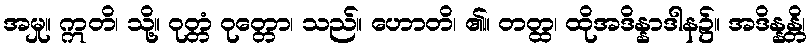
အမှု။ ဣတိ၊ သို့။ ဝုတ္တံ ဝုတ္တော၊ သည်။ ဟောတိ၊ ၏။ တတ္ထ၊ ထိုအဒိန္နာဒါန၌။ အဒိန္နန္တိ၊